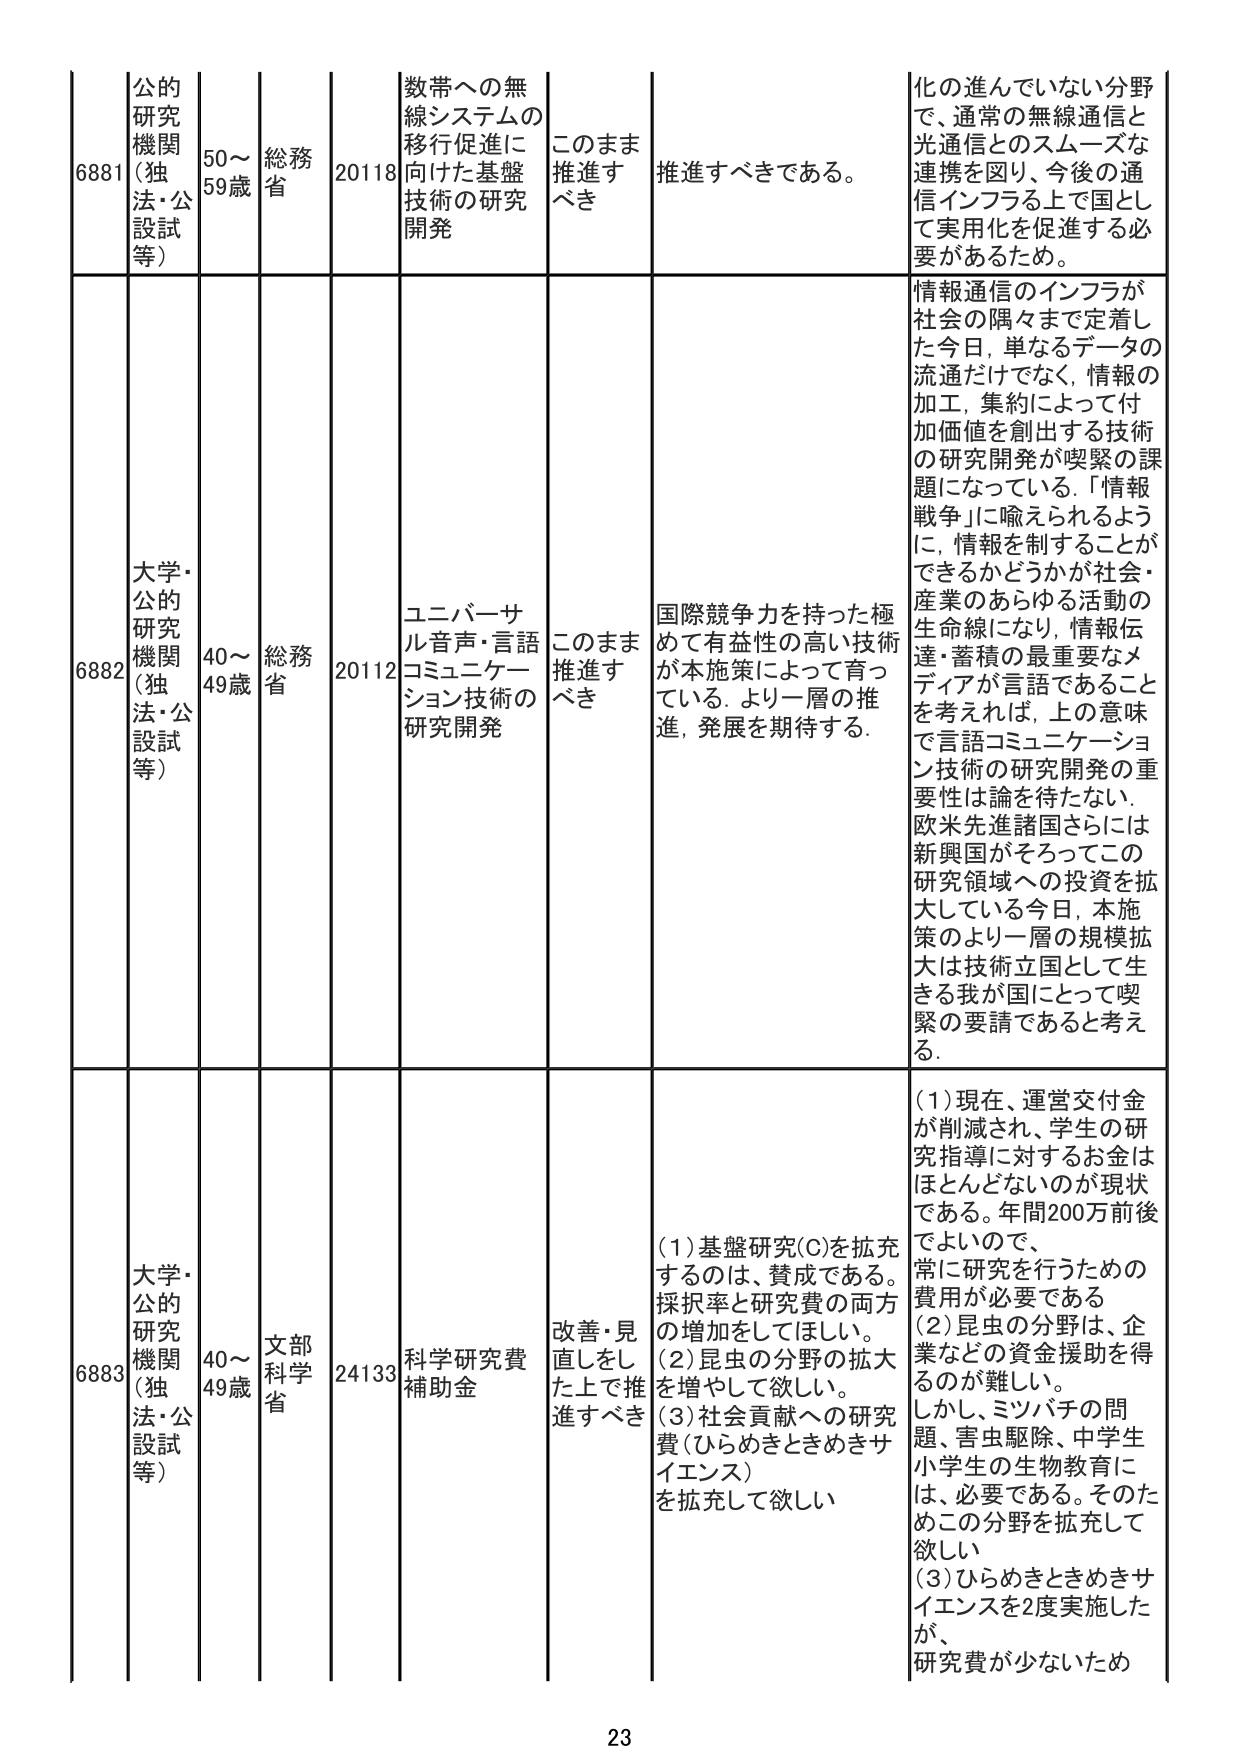
6881 公的研究機関（独法・公設試等） 50～59歳 総務省 20118 数帯への無線システムの移行促進に向けた基盤技術の研究開発 このまま推進すべき 推進すべきである。 化の進んでいない分野で、通常の無線通信と光通信とのスムーズな連携を図り、今後の通信インフラ上で国として実用化を促進する必要があるため。

6882 大学・公的研究機関（独法・公設試等） 40～49歳 総務省 20112 ユニバーサル音声・言語コミュニケーション技術の研究開発 このまま推進すべき 国際競争力を持った極めて有益性の高い技術が本施策によって育っている。より一層の推進、発展を期待する。 情報通信のインフラが社会の隅々まで定着した今日、単なるデータの流通だけでなく、情報の加工、集約によって付加価値を創出する技術の研究開発が喫緊の課題になっている。「情報戦争」に喩えられるように、情報を制することができるかどうかが社会・産業のあらゆる活動の生命線になり、情報伝達・蓄積の最重要なメディアが言語であることを考えれば、上の意味で言語コミュニケーション技術の研究開発の重要性は論を待たない。欧米先進諸国さらには新興国がそろってこの研究領域への投資を拡大している今日、本施策のより一層の規模拡大は技術立国として生きる我が国にとって喫緊の要請であると考える。

6883 大学・公的研究機関（独法・公設試等） 40～49歳 文部科学省 24133 科学研究費補助金 改善・見直しをした上で推進すべき （1）基盤研究（C）を拡充するのは、賛成である。採択率と研究費の両方の増加をしてほしい。（2）昆虫の分野の拡大を増やして欲しい。（3）社会貢献への研究費（ひらめきときめきサイエンス）を拡充して欲しい （1）現在、運営交付金が削減され、学生の研究指導に対するお金はほとんどないのが現状である。年間200万前後でよいので、常に研究を行うための費用が必要である（2）昆虫の分野は、企業などの資金援助を得るのが難しい。しかし、ミツバチの問題、害虫駆除、中学生小学生の生物教育には、必要である。そのためこの分野を拡充して欲しい（3）ひらめきときめきサイエンスを2度実施したが、研究費が少ないため

23